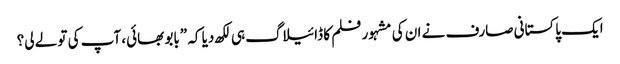
ایک پاکستانی صارف نے ان کی مشہور فلم کا ڈائیلاگ ہی لکھ دیا کہ ”بابو بھائی، آپ کی تو لے لی؟